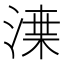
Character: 𱧌